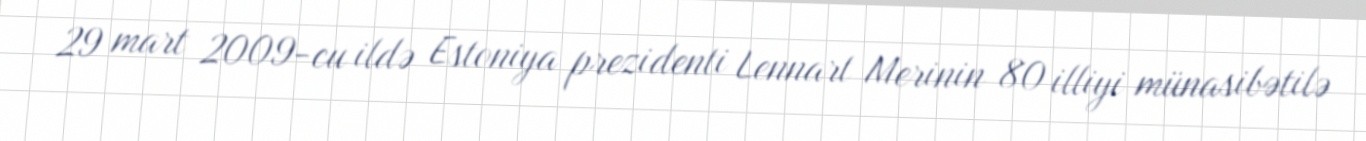
29 mart 2009-cu ildə Estoniya prezidenti Lennart Merinin 80 illiyi münasibətilə